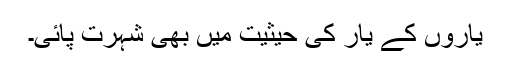
یاروں کے یار کی حیثیت میں بھی شہرت پائی۔